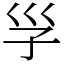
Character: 㜽